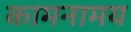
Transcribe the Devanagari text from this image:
कामनामय